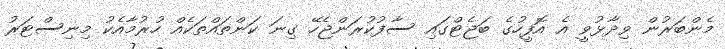
މެންބަރުން ވިދާޅުވީ އެ އޮފީހުގެ ބަޖެޓްގައި ސާފުކުރަންޖެހޭ ގިނަ ކަންތައްތަކެއް ހުރުމާއެކު މިނިސްޓަރު